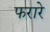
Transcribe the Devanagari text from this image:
फरारे